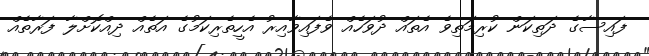
ފައިސާގެ ދަތިކަން ކުރިމަތިވެ އެތައް ދުވަހެއް ވެފައިވާއިރު އެހީތެރިކަމުގެ އަތެއް ދިއްކޮށްލާ ފަރާތެއް